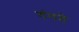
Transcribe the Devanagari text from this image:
गंगते